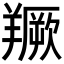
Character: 𦏅